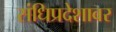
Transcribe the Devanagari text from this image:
संधिप्रदेशावर